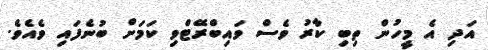
އަދި އެ މީހުން ތިބި ކާރު ވެސް ވައިބްރޭޓްވި ކަމަށް ބުނެފައި ވެއެވެ.